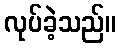
လုပ်ခဲ့သည်။